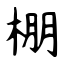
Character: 棚